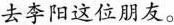
去李阳这位朋友。